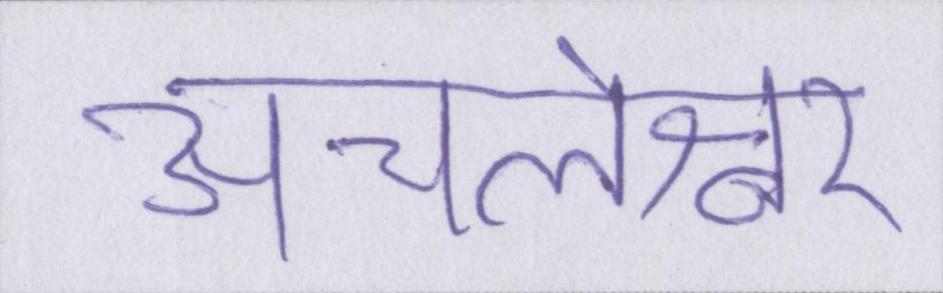
अचलेश्वर